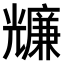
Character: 𠓌